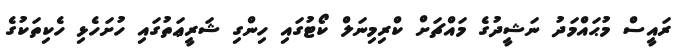
ރައީސް މުޙައްމަދު ނަޝީދުގެ މައްޗަށް ކްރިމިނަލް ކޯޓުގައި ހިންގި ޝަރީޢަތުގައި ހުށަހެޅި ހެކިތަކުގެ